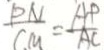
\frac { P N } { C M } = \frac { A P } { A C }